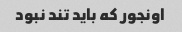
اونجور که باید تند نبود